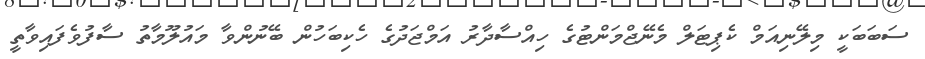
ސަބަބަކީ މިލޭނިއަމް ކެޕިޓަލް މެނޭޖްމަންޓުގެ ހިއްސާދާރު އަމްޖަދުގެ ހެކިބަހުން ބޭނުންވާ މައުލޫމާތު ސާފުވެފައިވާތީ